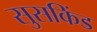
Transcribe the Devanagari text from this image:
सुसकिंड